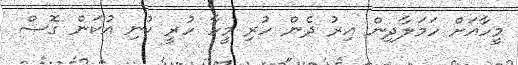
މީހާއަށް ހަމަލާދިން އިރު ދެން ހުރި މީހާ ހުރީ ކުނި އުކަން ގޮސް